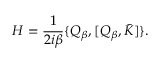
{ \cal H } = \frac { 1 } { 2 i \beta } \{ Q _ { \beta } , [ Q _ { \beta } , \bar { K } ] \} .